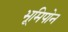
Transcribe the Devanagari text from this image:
भूमिपोन